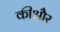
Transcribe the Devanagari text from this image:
कीऔर